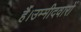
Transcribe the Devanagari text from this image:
हैं।उम्मीदवारों